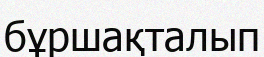
бұршақталып